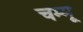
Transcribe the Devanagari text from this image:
चम्मू